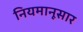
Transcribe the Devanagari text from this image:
नियमानूसार